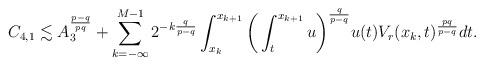
LaTeX: \begin{align*}C_{4,1} & \lesssim A_3^{\frac{p-q}{pq}} + \sum_{k= -\infty}^{M-1} 2^{-k\frac{q}{p-q}} \int_{x_k}^{x_{k+1}} \bigg(\int_t^{x_{k+1}} u\bigg)^{\frac{q}{p-q}} u(t) V_r(x_k,t)^{\frac{pq}{p-q}} dt.\end{align*}